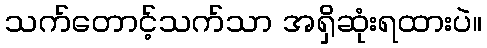
သက်တောင့်သက်သာ အရှိဆုံးရထားပဲ။